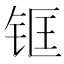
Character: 𲇺